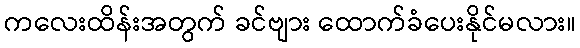
ကလေးထိန်းအတွက် ခင်ဗျား ထောက်ခံပေးနိုင်မလား။